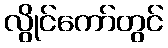
လွိုင်ကော်တွင်